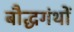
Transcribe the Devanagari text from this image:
बौद्धगंथों